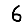
Digit: 6